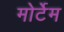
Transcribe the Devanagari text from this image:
मोर्टेम